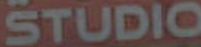
STUDIO